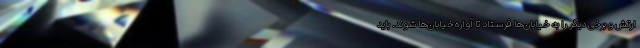
ارتش و برخی دیگر را به خیابان‌ها فرستاد تا آواره خیابان‌ها شوند. باید